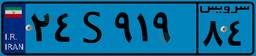
۲۴S۹۱۹۸۴